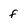
Character: F